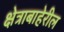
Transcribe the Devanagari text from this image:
क्षेत्राबाहेरील